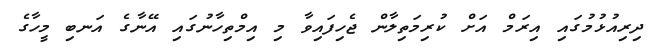
ދިރިއުޅުމުގައި އިރަމް އަށް ކުރިމަތިލާން ޖެހިފައިވާ މި އިމްތިހާނުގައި އޭނާގެ އަނބި މީހާގެ